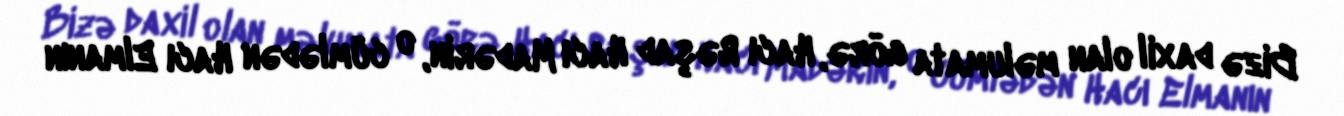
Bizə daxil olan məlumata görə, Hacı Rəşad Hacı Madərin, o cümlədən Hacı Elmanın